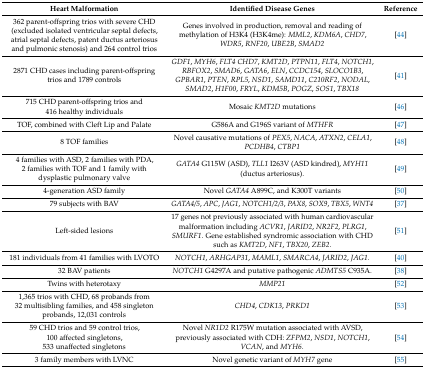
<table><thead><tr><td><b>Heart Malformation</b></td><td><b>Identified Disease Genes</b></td><td><b>Reference</b></td></tr></thead><tbody><tr><td>362 parent-offspring trios with severe CHD (excluded isolated ventricular septal defects, atrial septal defects, patent ductus arteriosus and pulmonic stenosis) and 264 control trios</td><td>Genes involved in production, removal and reading of methylation of H3K4 (H3K4me): <i>MML2</i>, <i>KDM6A</i>, <i>CHD7</i>, <i>WDR5</i>, <i>RNF20</i>, <i>UBE2B</i>, <i>SMAD2</i></td><td>[44]</td></tr><tr><td>2871 CHD cases including parent-offspring trios and 1789 controls</td><td><i>GDF1</i>, <i>MYH6</i>, <i>FLT4 CHD7</i>, <i>KMT2D</i>, <i>PTPN11</i>, <i>FLT4</i>, <i>NOTCH1</i>, <i>RBFOX2</i>, <i>SMAD6</i>, <i>GATA6</i>, <i>ELN</i>, <i>CCDC154</i>, <i>SLOCO1B3</i>, <i>GPBAR1</i>, <i>PTEN</i>, <i>RPL5</i>, <i>NSD1</i>, <i>SAMD11</i>, <i>C210RF2</i>, <i>NODAL</i>, <i>SMAD2</i>, <i>H1F00</i>, <i>FRYL</i>, <i>KDM5B</i>, <i>POGZ</i>, <i>SOS1</i>, <i>TBX18</i></td><td>[41]</td></tr><tr><td>715 CHD parent-offspring trios and 416 healthy individuals</td><td>Mosaic <i>KMT2D</i> mutations</td><td>[46]</td></tr><tr><td>TOF, combined with Cleft Lip and Palate</td><td>G586A and G196S variant of <i>MTHFR</i></td><td>[47]</td></tr><tr><td>8 TOF families</td><td>Novel causative mutations of <i>PEX5</i>, <i>NACA</i>, <i>ATXN2</i>, <i>CELA1</i>, <i>PCDHB4</i>, <i>CTBP1</i></td><td>[48]</td></tr><tr><td>4 families with ASD, 2 families with PDA, 2 families with TOF and 1 family with dysplastic pulmonary valve</td><td><i>GATA4</i> G115W (ASD), <i>TLL1</i> I263V (ASD kindred), <i>MYH11</i> (ductus arteriosus).</td><td>[49]</td></tr><tr><td>4-generation ASD family</td><td>Novel <i>GATA4</i> A899C, and K300T variants</td><td>[50]</td></tr><tr><td>79 subjects with BAV</td><td><i>GATA4/5</i>, <i>APC</i>, <i>JAG1</i>, <i>NOTCH1/2/3</i>, <i>PAX8</i>, <i>SOX9</i>, <i>TBX5</i>, <i>WNT4</i></td><td>[37]</td></tr><tr><td>Left-sided lesions</td><td>17 genes not previously associated with human cardiovascular malformation including <i>ACVR1</i>, <i>JARID2</i>, <i>NR2F2</i>, <i>PLRG1</i>, <i>SMURF1</i>. Gene established syndromic association with CHD such as <i>KMT2D</i>, <i>NF1</i>, <i>TBX20</i>, <i>ZEB2</i>.</td><td>[51]</td></tr><tr><td>181 individuals from 41 families with LVOTO</td><td><i>NOTCH1</i>, <i>ARHGAP31</i>, <i>MAML1</i>, <i>SMARCA4</i>, <i>JARID2</i>, <i>JAG1.</i></td><td>[40]</td></tr><tr><td>32 BAV patients</td><td><i>NOTCH1</i> G4297A and putative pathogenic <i>ADMTS5</i> C935A.</td><td>[38]</td></tr><tr><td>Twins with heterotaxy</td><td><i>MMP21</i></td><td>[52]</td></tr><tr><td>1,365 trios with CHD, 68 probands from 32 multisibling families, and 458 singleton probands, 12,031 controls</td><td><i>CHD4</i>, <i>CDK13</i>, <i>PRKD1</i></td><td>[53]</td></tr><tr><td>59 CHD trios and 59 control trios,100 affected singletons,533 unaffected singletons</td><td>Novel <i>NR1D2</i> R175W mutation associated with AVSD, previously associated with CDH: <i>ZFPM2</i>, <i>NSD1</i>, <i>NOTCH1</i>, <i>VCAN</i>, and <i>MYH6</i>.</td><td>[54]</td></tr><tr><td>3 family members with LVNC</td><td>Novel genetic variant of <i>MYH7</i> gene</td><td>[55]</td></tr></tbody></table>